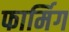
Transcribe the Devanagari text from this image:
फार्मिग